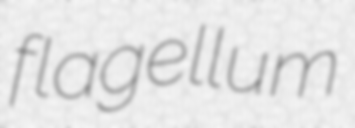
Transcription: flagellum